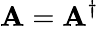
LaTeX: \mathbf{A}=\mathbf{A}^{\dagger}